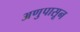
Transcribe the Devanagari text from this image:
अणुपासून